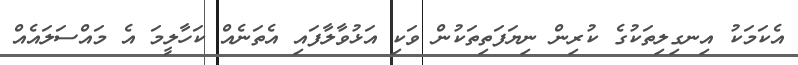
އެކަމަކު އިނގިލިތަކުގެ ކުރިން ނިޔަފަތިތަކުން ވަކި އަޅުވާލާފައި އެތަނެއް ކަހާލީމަ އެ މައްސަލައެއް